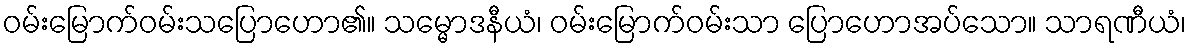
ဝမ်းမြောက်ဝမ်းသပြောဟော၏။ သမ္မောဒနီယံ၊ ဝမ်းမြောက်ဝမ်းသာ ပြောဟောအပ်သော။ သာရဏီယံ၊